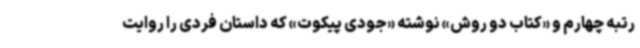
رتبه چهارم و «کتاب دو روش» نوشته «جودی پیکوت» که داستان فردی را روایت